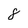
Character: 8